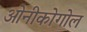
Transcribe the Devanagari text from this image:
ओनीकोगोल